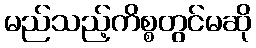
မည်သည့်ကိစ္စတွင်မဆို